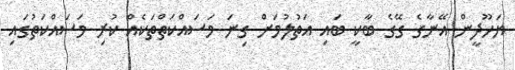
ޔަހޫދީން އޭނާގެ ގޭގެ ބާކީ ބައި އަތުލުމަށް ގިނަ މަސައްކަތްތަކެއް ކުރި މަސައްކަތުގައި